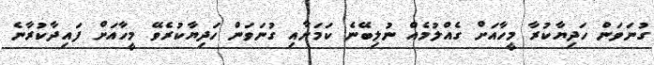
ގުނަވަން ހަދިޔާކުރާ މީހާއަށް ގެއްލުމެއް ނުލިބޭނެ ކަމަށާއި ގުނަވަން ހަދިޔާކުރެވޭ މީހާއަށް ފައިދާކުރާނެ